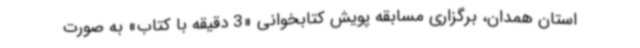
استان همدان، برگزاری مسابقه پویش کتابخوانی «3 دقیقه با کتاب» به صورت